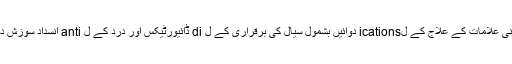
جسمانی علامات کے علاج کے لications دوائیں بشمول سیال کی برقراری کے ل di ڈائیورٹیکس اور درد کے ل anti انسداد سوزش دوائیں۔